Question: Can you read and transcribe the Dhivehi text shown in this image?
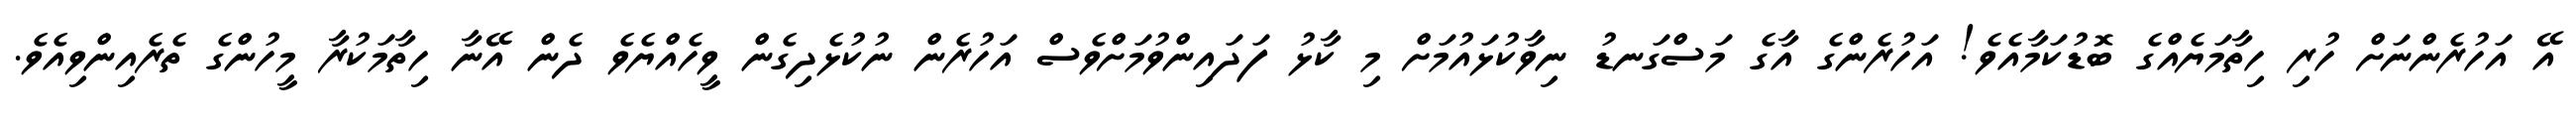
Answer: އޭ އަހުރެންނަށް ހުރި ހިތާމަޔެއްގެ ބޮޑުކަމާއެވެ! އަހުރެންގެ އާގެ މަސްގަނޑު ނިވާކުޅައުމަށް މި ކާޅު ފަދައިންވުމަށްވެސް އަހުރެން ނުކުޅެދިގެން ވީހެއްޔެވެ ދެން އޭނާ ހިތާމަކުރާ މީހުންގެ ތެރެއިންވިއެވެ.